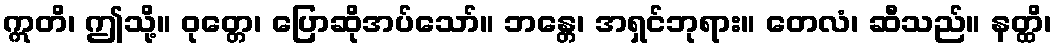
ဣတိ၊ ဤသို့။ ဝုတ္တေ၊ ပြောဆိုအပ်သော်။ ဘန္တေ၊ အရှင်ဘုရား။ တေလံ၊ ဆီသည်။ နတ္ထိ၊